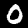
Digit: 0